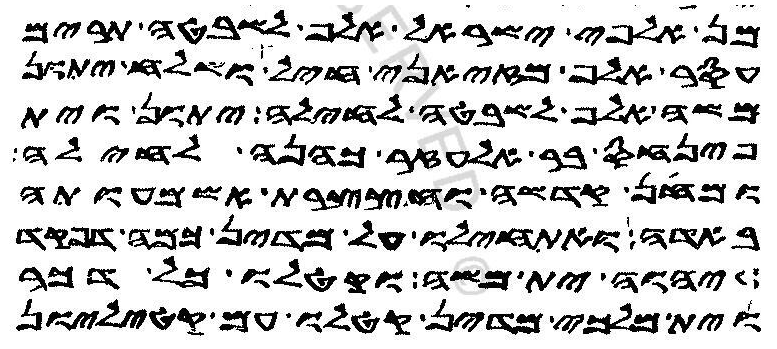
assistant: מן אלפי ישראל אלף לשבטה תרים
עסר אלף מזיאני חיל ושלח יתון
משה אלף לשבטה לחילה יתון וית
פינחס בר אלעזר כהנה לחילה
ומחן קדשה וחצצרת אשמעותה
באדה ואתחילו על מדין כמה דפקד
יהוה ית משה וקטלו כל דכר
וית מלכי מדין קטלו עם קטיליון